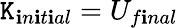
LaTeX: \mathtt{K}_{\mathbf{i}n\mathbf{i}t\mathbf{i}al}=U_{f\mathbf{i}nal}